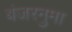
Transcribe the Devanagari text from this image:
बंजरनुमा